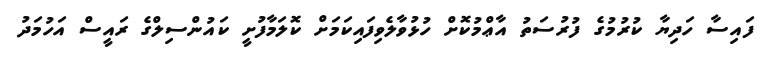
ފައިސާ ހަދިޔާ ކުރުމުގެ ފުރުސަތު އާޢްމުކޮށް ހުޅުވާލެވިފައިކަމަށް ކޮލަމާފުށީ ކައުންސިލްގެ ރައީސް އަހުމަދު